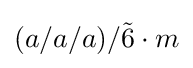
(a/a/a)/{\tilde {6}}\cdot m